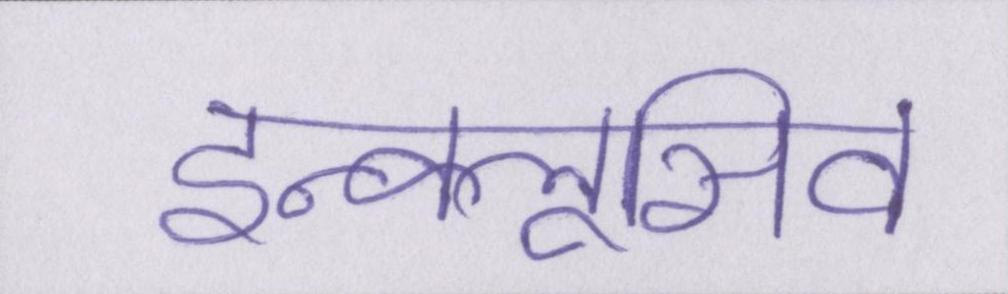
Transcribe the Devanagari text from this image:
इन्क्लूसिव